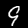
Label: 9